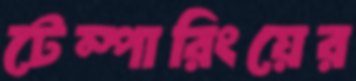
টেম্পারিংয়ের